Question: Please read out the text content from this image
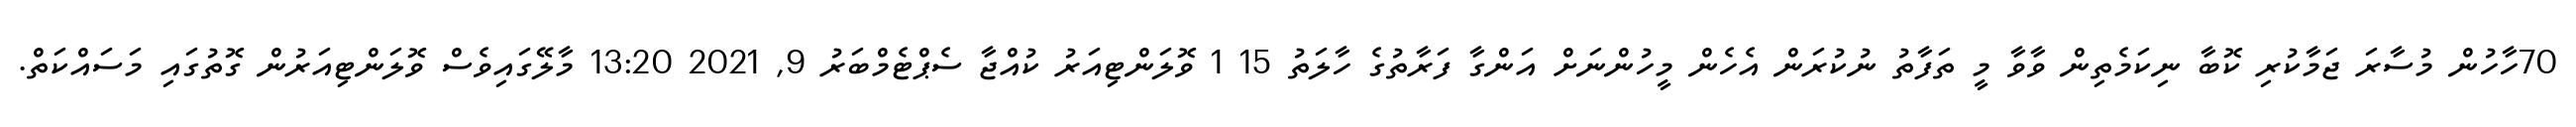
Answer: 70ހާހުން މުސާރަ ޖަމާކުރި ކޮބާ ނިކަމެތިން ވާވާ މީ ތަފާތު ނުކުރަން އެހެން މީހުންނަށް އަންގާ ފަރާތުގެ ހާލަތު 15 1 ވޮލަންޓިއަރު ކުއްޖާ ސެޕްޓެމްބަރު 9, 2021 13:20 މާލޭގައިވެސް ވޮލަންޓިއަރުން ގޮތުގައި މަސައްކަތް.